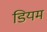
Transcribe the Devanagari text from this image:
डियम